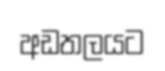
අඩතලයට